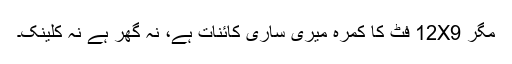
مگر 12X9 فٹ کا کمرہ میری ساری کائنات ہے، نہ گھر ہے نہ کلینک۔